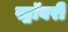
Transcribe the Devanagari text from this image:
स्ट्रॉबरी